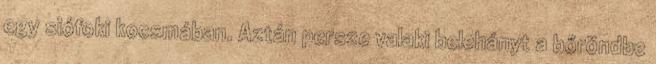
egy siófoki kocsmában. Aztán persze valaki belehányt a bőröndbe